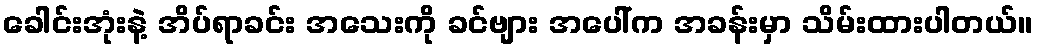
ခေါင်းအုံးနဲ့ အိပ်ရာခင်း အသေးကို ခင်ဗျား အပေါ်က အခန်းမှာ သိမ်းထားပါတယ်။